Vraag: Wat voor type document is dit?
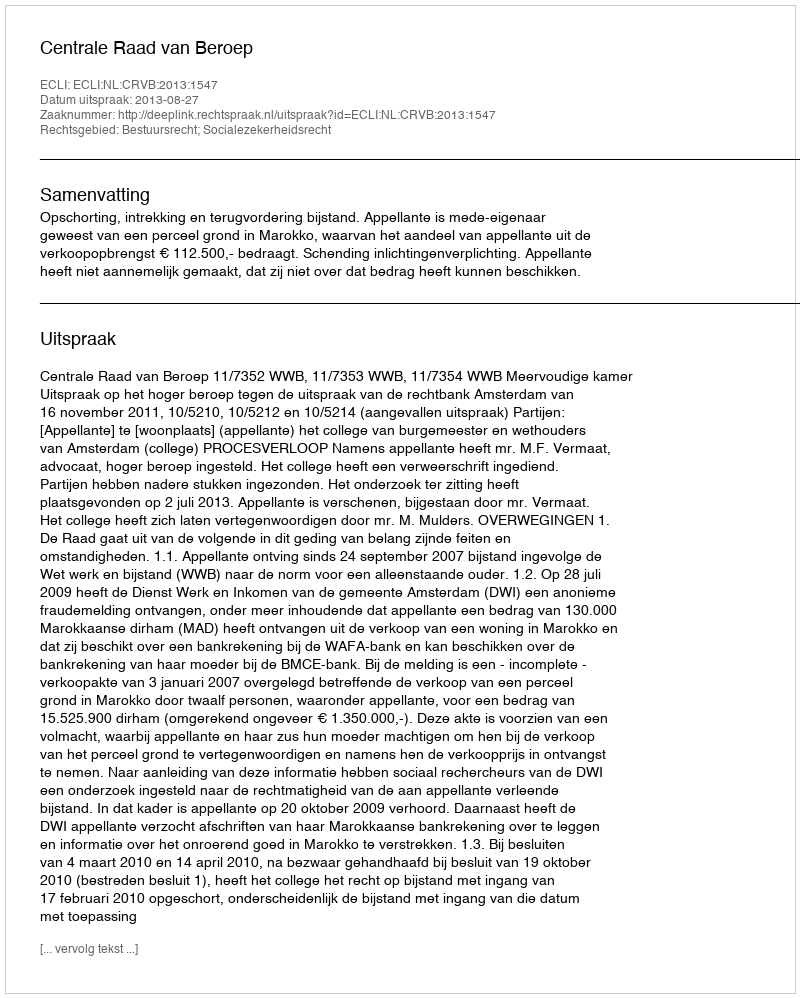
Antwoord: Uitspraak